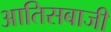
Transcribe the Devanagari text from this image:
आतिसबाजी